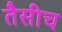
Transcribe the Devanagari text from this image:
तैसीच